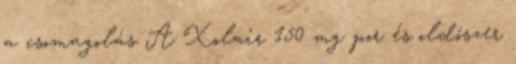
a csomagolás A Xolair 150 mg por és oldószer